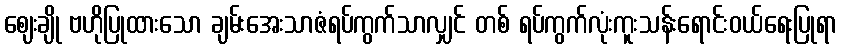
ဈေးချို ဗဟိုပြုထားသော ချမ်းအေးသာဇံရပ်ကွက်သာလျှင် တစ် ရပ်ကွက်လုံးကူးသန်းရောင်းဝယ်ရေးပြုရာ